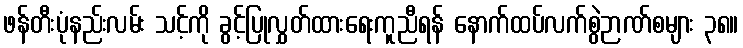
ဖန်တီးပုံနည်းလမ်း သင့်ကို ခွင့်ပြုလွှတ်ထားရေးကူညီရန် နောက်ထပ်လက်စွဲဉာဏ်စများ ၃၈။